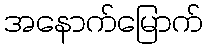
အနောက်မြောက်